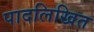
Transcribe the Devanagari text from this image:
पादलिखित